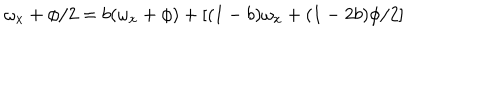
\omega _ { x } + \phi / 2 = b ( \omega _ { x } + \phi ) + [ ( 1 - b ) \omega _ { x } + ( 1 - 2 b ) \phi / 2 ]